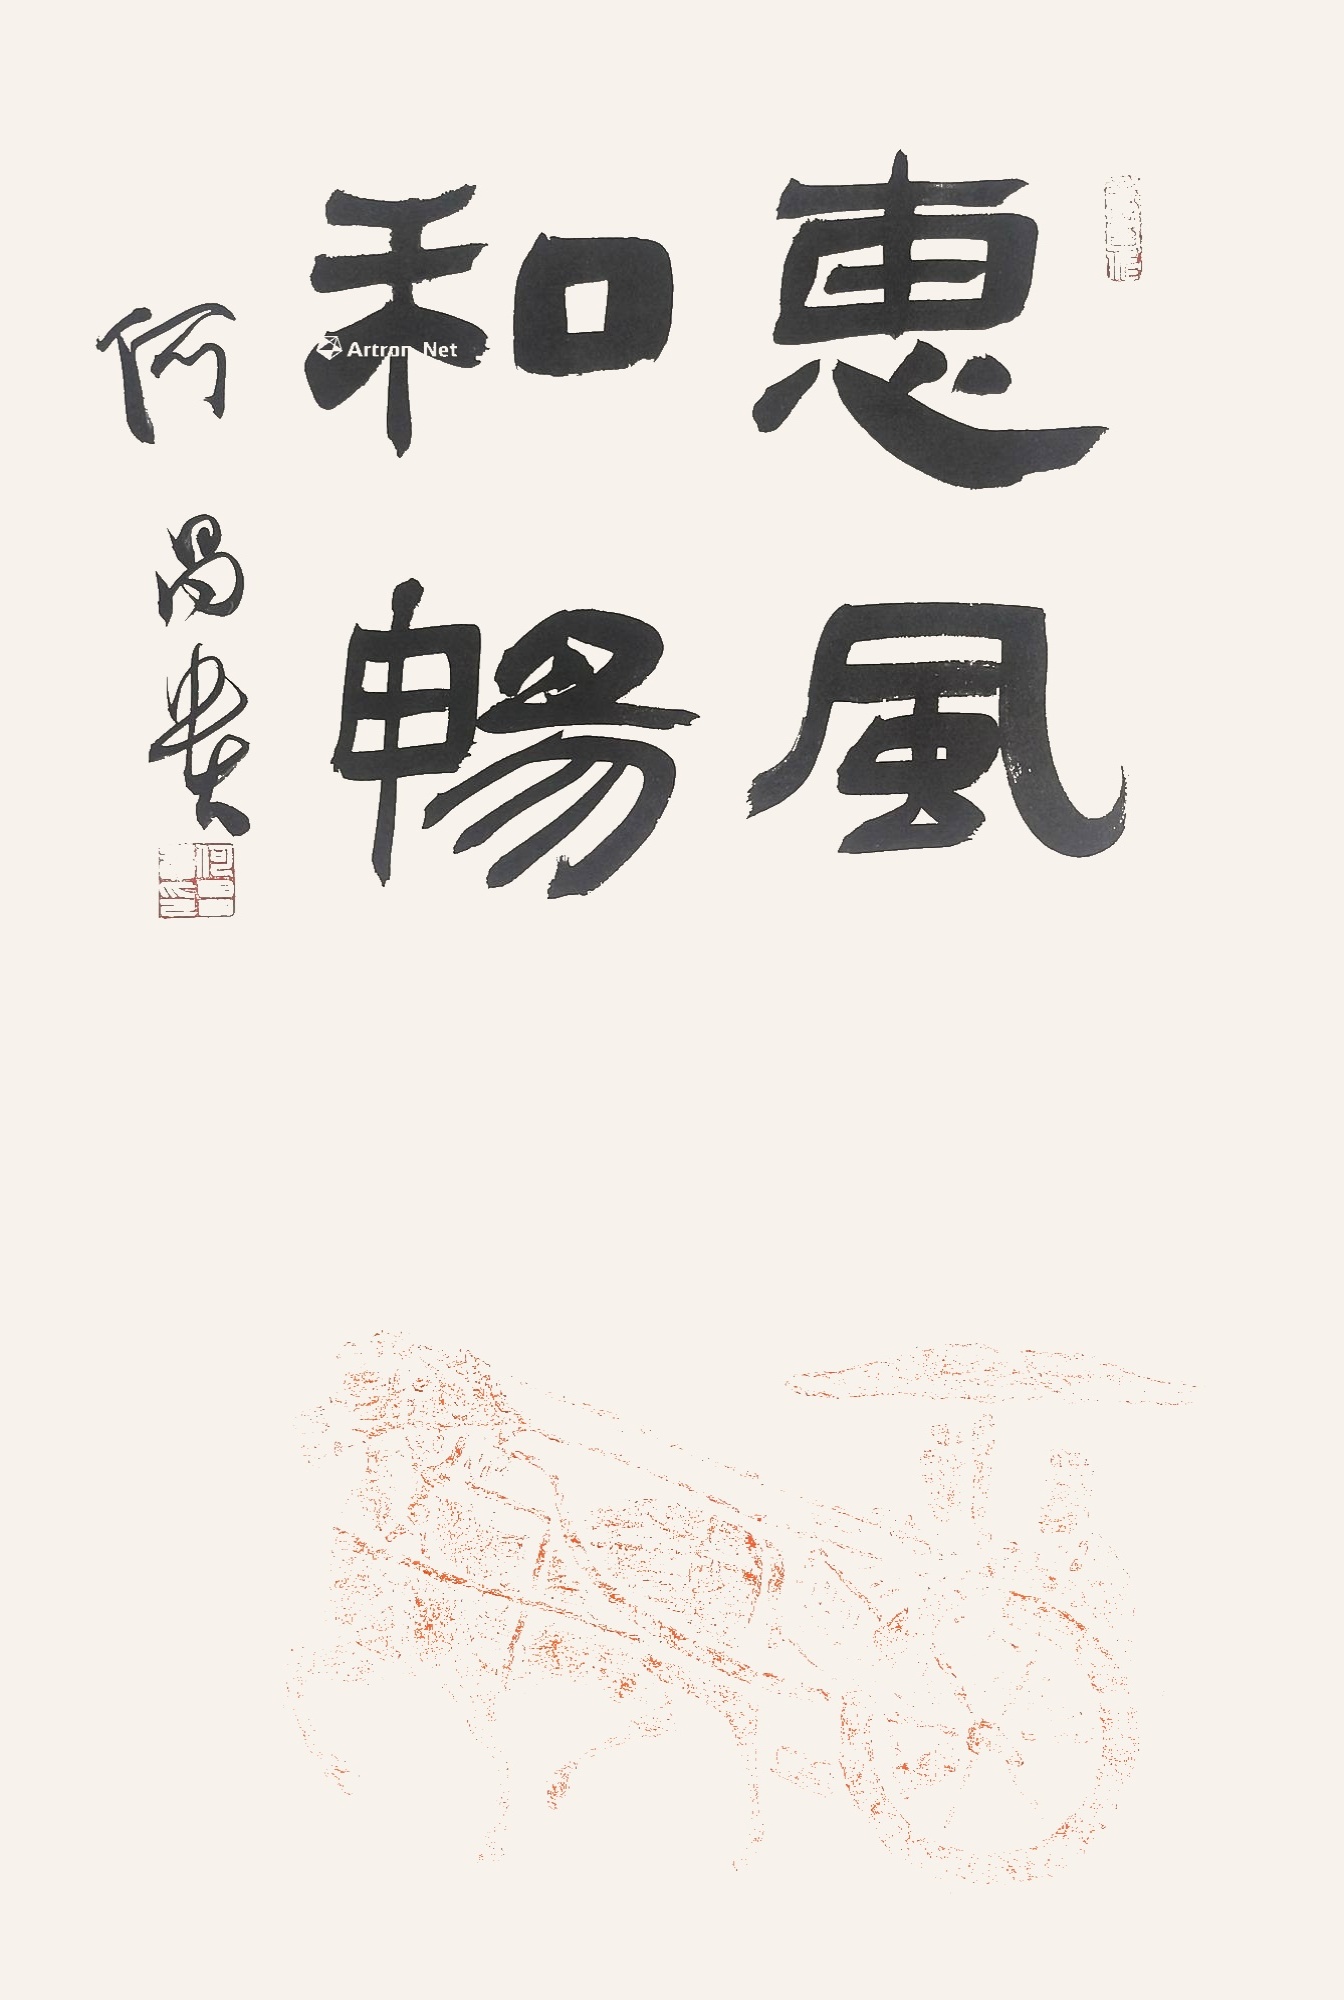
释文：惠风和畅何昌贵